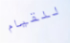
للقيام